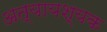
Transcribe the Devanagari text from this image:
अत्यायश्यक